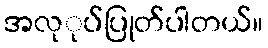
အလုုပ်ပြုတ်ပါတယ်။